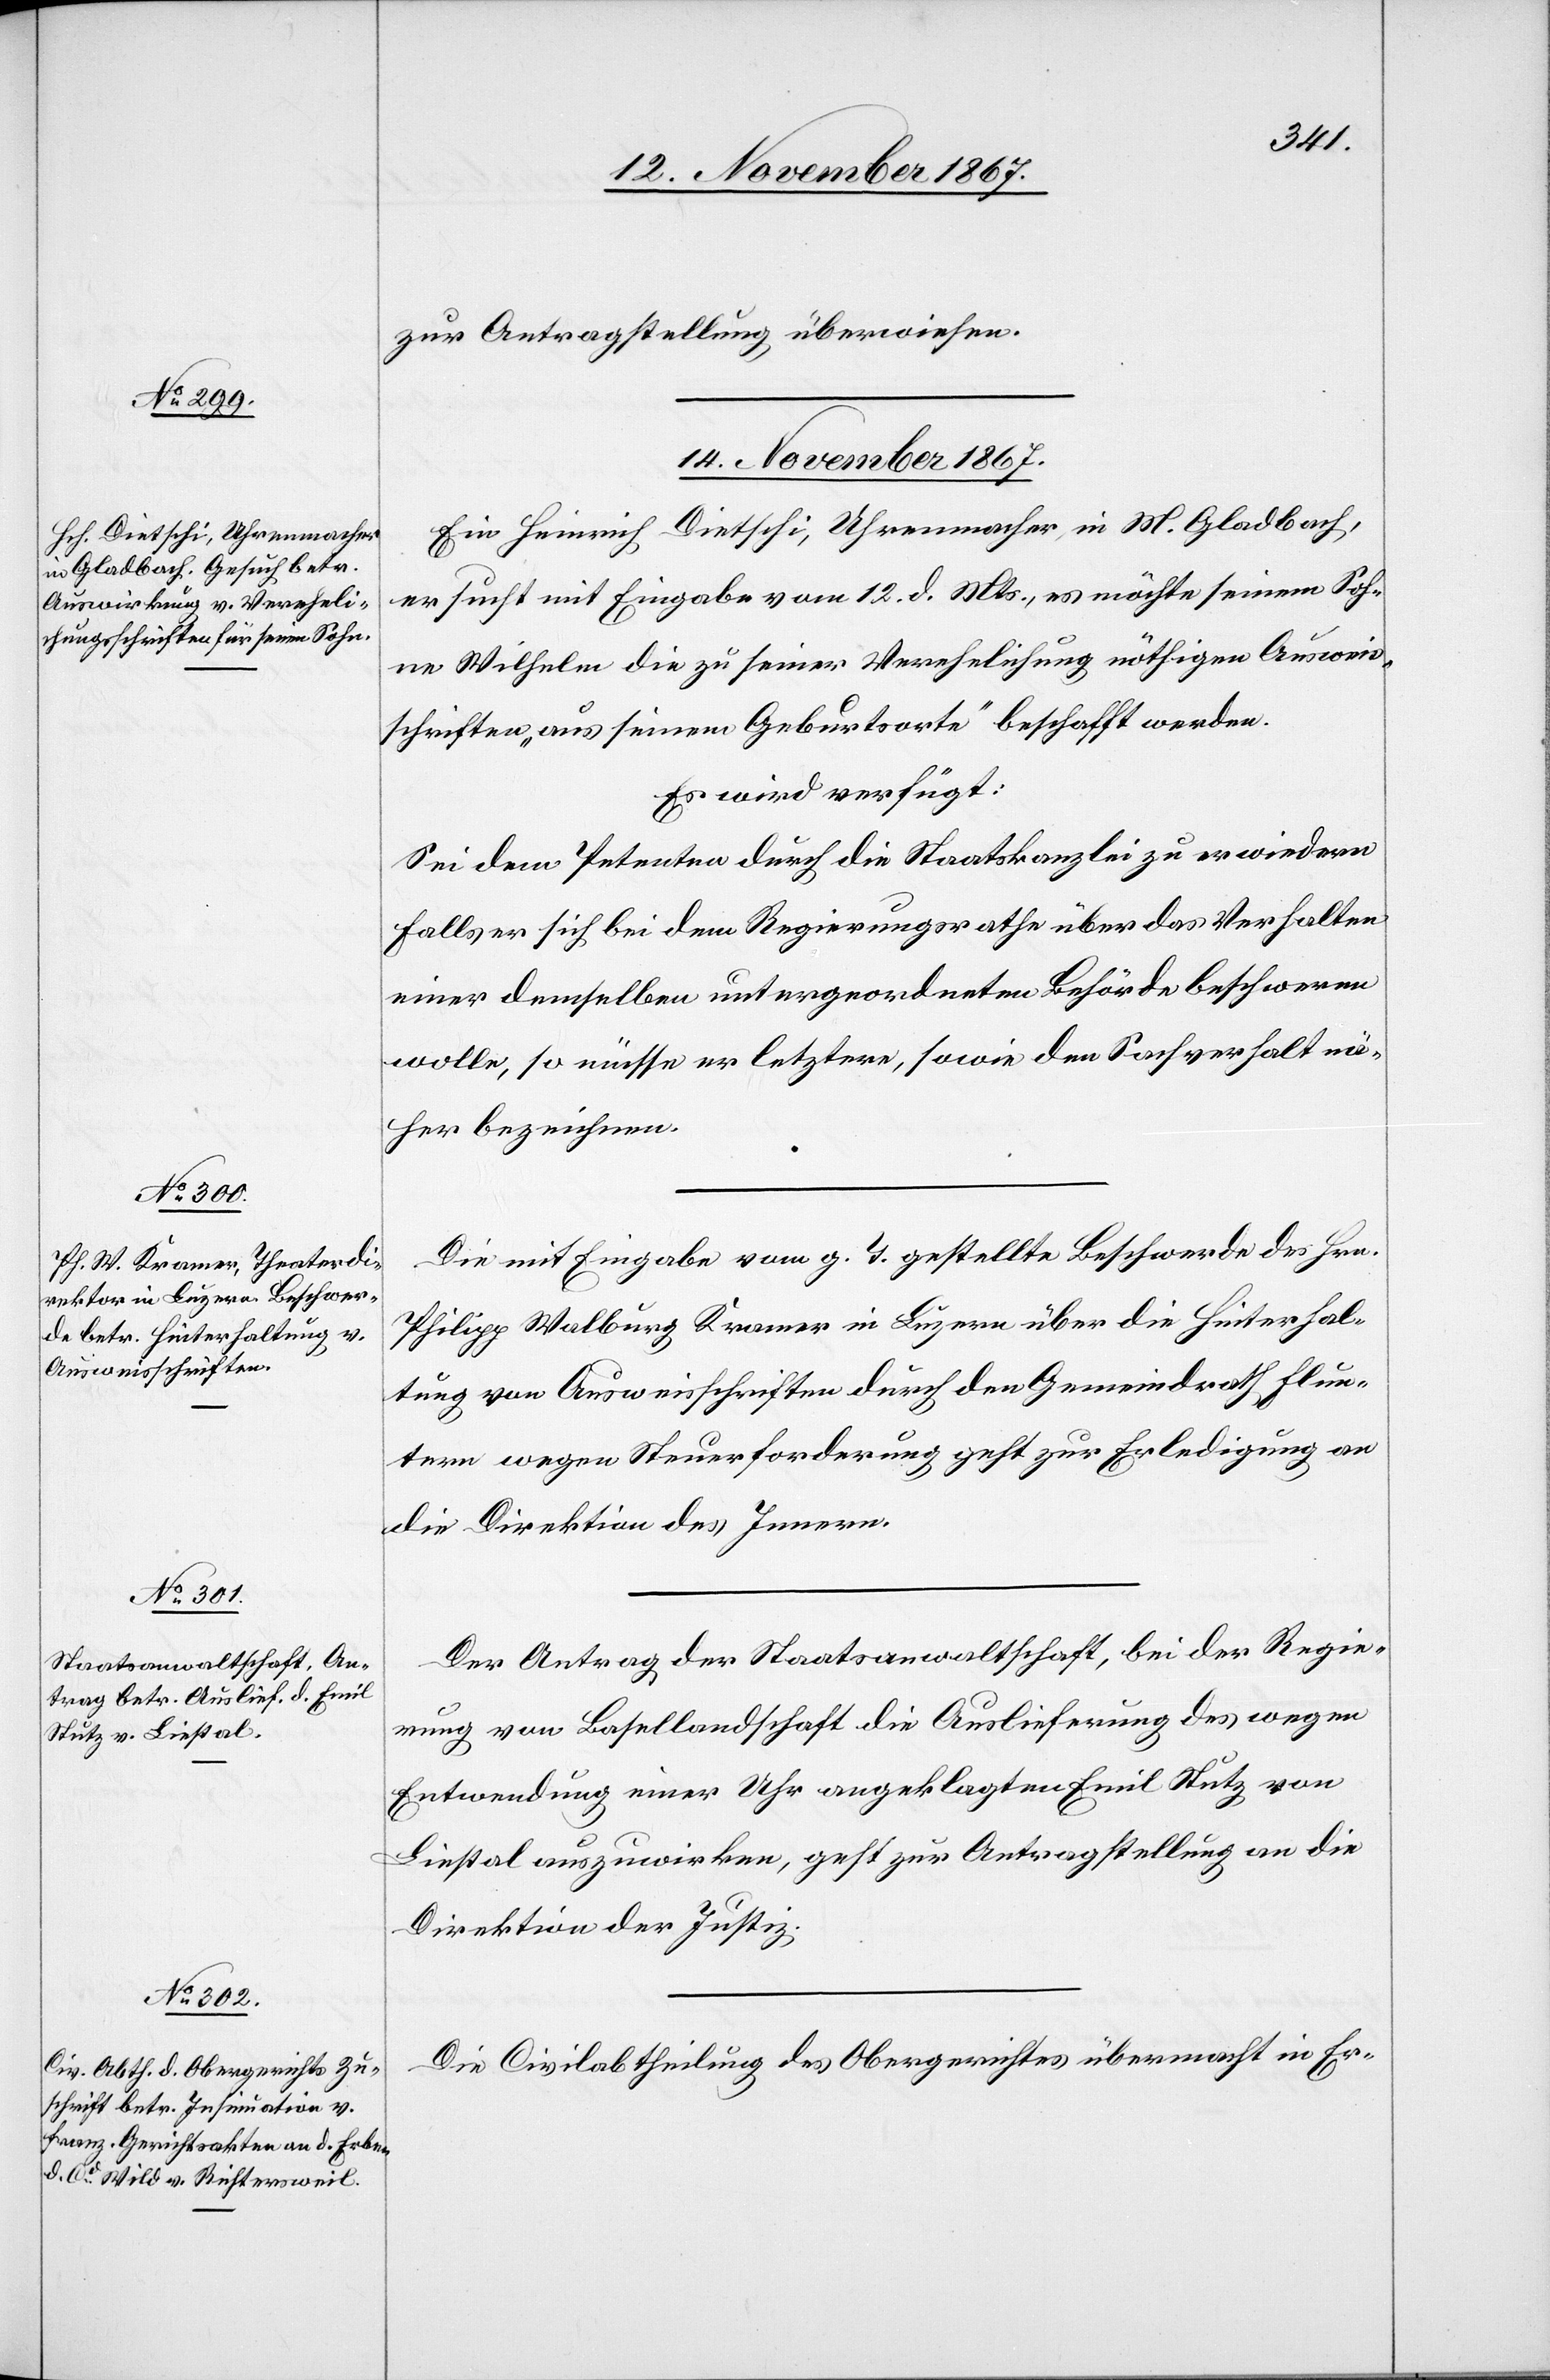
14. November 1867.]
zur Antragstellung überwiesen.
14. November 1867.
Ein Heinrich Dietschi, Uhrenmacher, in M. Gladbach,
ersucht mit Eingabe vom 12. d. Mts., es möchte seinem Soh¬
ne Wilhelm die zu seiner Verehelichung nöthigen Ausweis¬
schriften „aus seinem Geburtsorte“ beschafft werden.
Es wird verfügt:
Sei dem Petenten durch die Staatskanzlei zu erwiedern
falls er sich bei dem Regierungsrathe über das Verhalten
einer demselben untergeordneten Behörde beschweren
wolle, so müsse er letztere, sowie den Sachverhalt nä¬
her bezeichnen.
Die mit Eingabe vom g. T. gestellte Beschwerde des Hrn.
Philipp Waldburg Kramer in Luzern über die Hinterhal¬
tung von Ausweisschriften durch den Gemeindrath Flun¬
tern wegen Steuerforderung geht zur Erledigung an
die Direktion des Innern.
Der Antrag der Staatsanwaltschaft, bei der Regie¬
rung von Basellandschaft die Auslieferung des wegen
Entwendung einer Uhr angeklagten Emil Stutz von
Liestal auszuwirken, geht zur Antragstellung an die
Direktion der Justiz.
Die Civilabtheilung des Obergerichtes übermacht in Er-